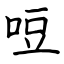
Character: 哣